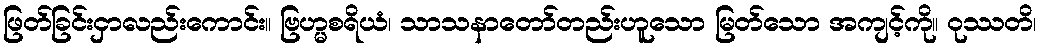
ဖြတ်ခြင်းငှာလည်းကောင်း။ ဗြဟ္မစရိယံ၊ သာသနာတော်တည်းဟူသော မြတ်သော အကျင့်ကို။ ဝုဿတိ၊